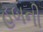
હબની